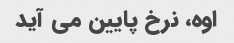
اوه، نرخ پایین می آید